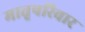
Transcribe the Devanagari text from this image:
मातृपरिवार